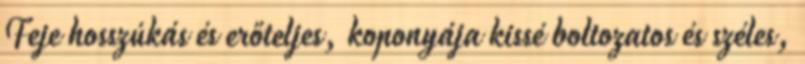
Feje hosszúkás és erőteljes, koponyája kissé boltozatos és széles,